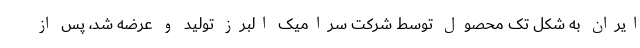
ایران به شکل تک محصول توسط شرکت سرامیک البرز تولید و عرضه شد، پس از